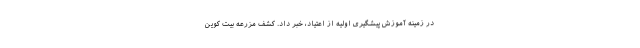
در زمینه آموزش پیشگیری اولیه از اعتیاد، خبر داد. کشف مزرعه بیت کوین